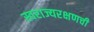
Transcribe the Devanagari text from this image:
स्वराज्यरक्षणची